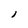
Character: 1